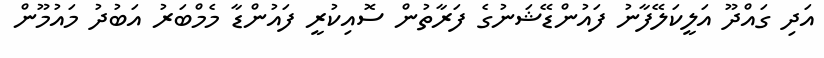
އަދި ގައްދޫ އަލީކަލޭފާނު ފައުންޑޭޝަނުގެ ފަރާތުން ސޮއިކުރީ ފައުންޑާ މެމްބަރު އަބުދު މައުމޫން